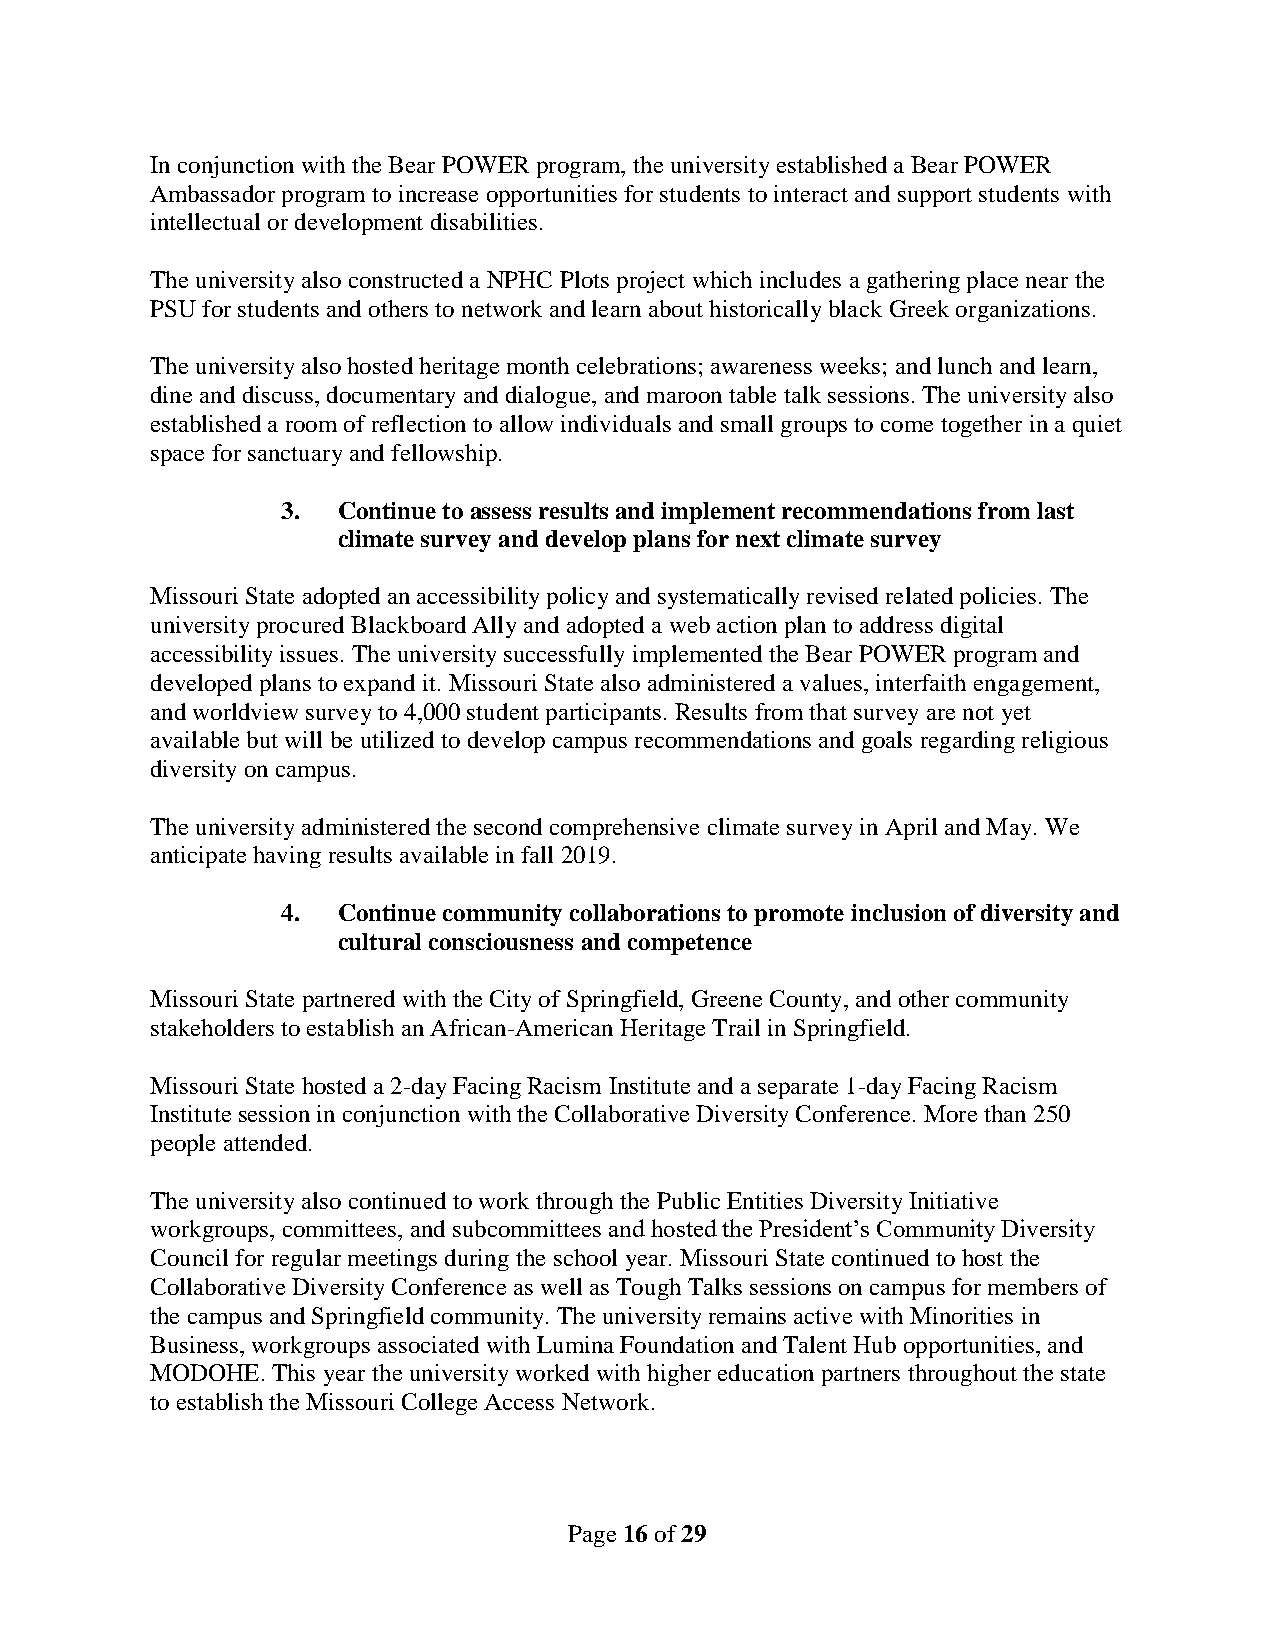
In conjunction with the Bear POWER program, the university established a Bear POWER
 Ambassador program to increase opportunities for students to interact and support students with
 intellectual or development disabilities.
 The university also constructed a NPHC Plots project which includes a gathering place near the
 PSU for students and others to network and learn about historically black Greek organizations.
 The university also hosted heritage month celebrations; awareness weeks; and lunch and learn,
 dine and discuss, documentary and dialogue, and maroon table talk sessions. The university also
 established a room of reflection to allow individuals and small groups to come together in a quiet
 space for sanctuary and fellowship.
 3. Continue to assess results and implement recommendations from last
 climate survey and develop plans for next climate survey
 Missouri State adopted an accessibility policy and systematically revised related policies. The
 university procured Blackboard Ally and adopted a web action plan to address digital
 accessibility issues. The university successfully implemented the Bear POWER program and
 developed plans to expand it. Missouri State also administered a values, interfaith engagement,
 and worldview survey to 4,000 student participants. Results from that survey are not yet
 available but will be utilized to develop campus recommendations and goals regarding religious
 diversity on campus.
 The university administered the second comprehensive climate survey in April and May. We
 anticipate having results available in fall 2019.
 4. Continue community collaborations to promote inclusion of diversity and
 cultural consciousness and competence
 Missouri State partnered with the City of Springfield, Greene County, and other community
 stakeholders to establish an African-American Heritage Trail in Springfield.
 Missouri State hosted a 2-day Facing Racism Institute and a separate 1-day Facing Racism
 Institute session in conjunction with the Collaborative Diversity Conference. More than 250
 people attended.
 The university also continued to work through the Public Entities Diversity Initiative
 workgroups, committees, and subcommittees and hosted the President’s Community Diversity
 Council for regular meetings during the school year. Missouri State continued to host the
 Collaborative Diversity Conference as well as Tough Talks sessions on campus for members of
 the campus and Springfield community. The university remains active with Minorities in
 Business, workgroups associated with Lumina Foundation and Talent Hub opportunities, and
 MODOHE. This year the university worked with higher education partners throughout the state
 to establish the Missouri College Access Network.
 Page 16 of 29